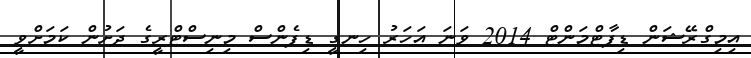
އިމިގްރޭޝަން ޑިޕާޓްމަންޓް 2014 ވަނަ އަހަރު ހިނގީ ޑިފެންސް މިނިސްޓްރީގެ ދަށުން ކަމަށްވީ